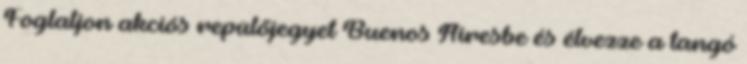
Foglaljon akciós repülőjegyet Buenos Airesbe és élvezze a tangó